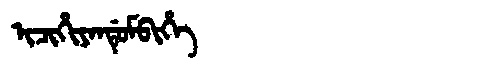
Manchu: ᡳᠴᡳᡥᡳᠶᠠᠨᡩᡠᠮᠪᡳᡥᡝ
Romanization: ICIHIYANDUMBIHE